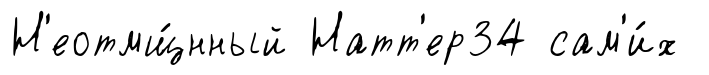
Н'еотмщ́нный Натт'ер34 сам'и́х